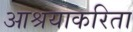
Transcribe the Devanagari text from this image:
आश्रयाकरिता